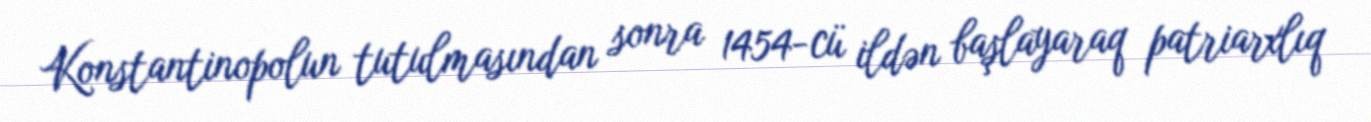
Konstantinopolun tutulmasından sonra 1454-cü ildən başlayaraq patriarxlıq